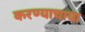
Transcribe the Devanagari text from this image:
करण्याचाया